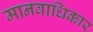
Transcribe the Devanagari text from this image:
मानवाधिकार